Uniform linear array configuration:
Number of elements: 8
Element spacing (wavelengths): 1
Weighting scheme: kaiser
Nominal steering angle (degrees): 0
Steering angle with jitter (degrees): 0.5521
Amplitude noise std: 0.05
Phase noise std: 0.05

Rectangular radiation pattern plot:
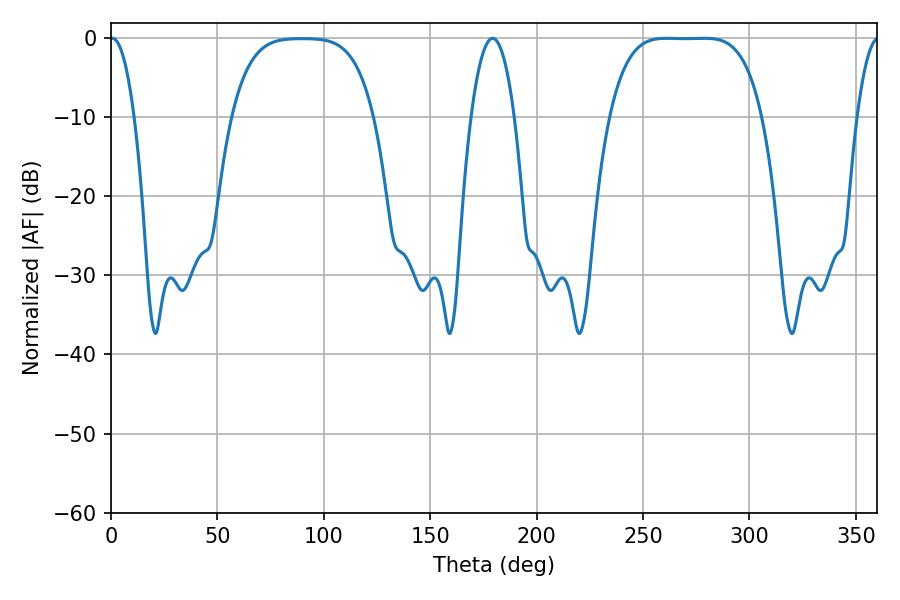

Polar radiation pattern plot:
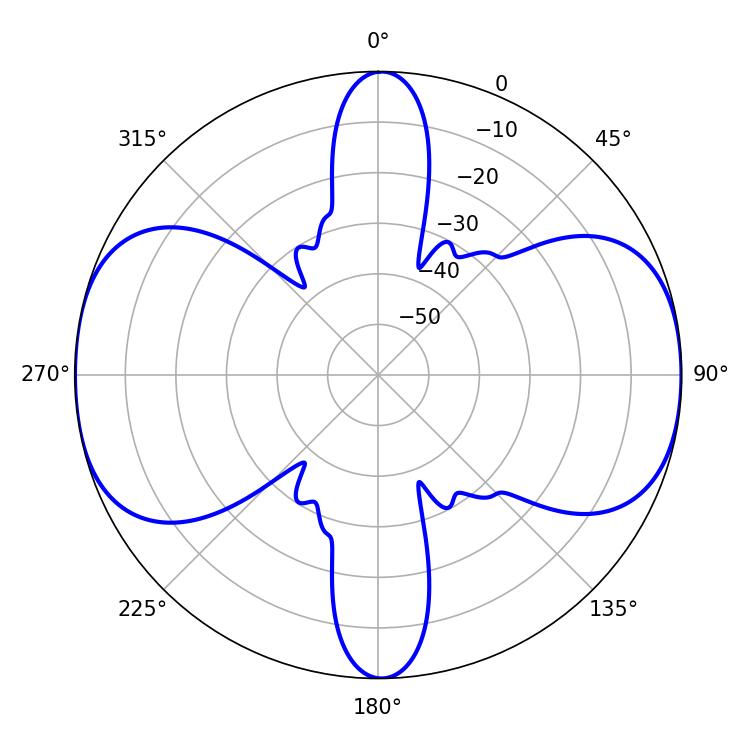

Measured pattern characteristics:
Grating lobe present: TRUE
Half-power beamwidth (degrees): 54.36
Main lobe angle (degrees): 261.18